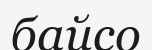
байсо